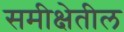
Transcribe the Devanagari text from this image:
समीक्षेतील